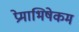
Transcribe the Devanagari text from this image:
प्रेमाभिषेकम